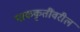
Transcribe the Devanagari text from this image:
पाककृतींवरील